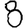
Digit: 8